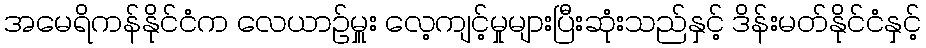
အမေရိကန်နိုင်ငံက လေယာဉ်မှူး လေ့ကျင့်မှုများပြီးဆုံးသည်နှင့် ဒိန်းမတ်နိုင်ငံနှင့်